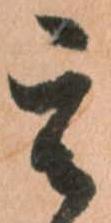
其